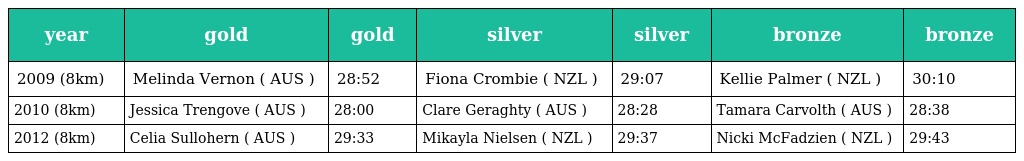
| year | gold | gold | silver | silver | bronze | bronze |
 | --- | --- | --- | --- | --- | --- | --- |
 | 2009 (8km) | Melinda Vernon ( AUS ) | 28:52 | Fiona Crombie ( NZL ) | 29:07 | Kellie Palmer ( NZL ) | 30:10 |
 | 2010 (8km) | Jessica Trengove ( AUS ) | 28:00 | Clare Geraghty ( AUS ) | 28:28 | Tamara Carvolth ( AUS ) | 28:38 |
 | 2012 (8km) | Celia Sullohern ( AUS ) | 29:33 | Mikayla Nielsen ( NZL ) | 29:37 | Nicki McFadzien ( NZL ) | 29:43 |